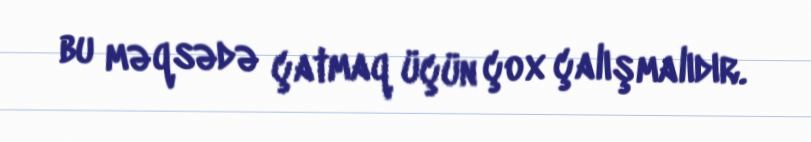
bu məqsədə çatmaq üçün çox çalışmalıdır.